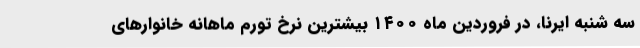
سه شنبه ایرنا، در فروردین ماه ١٤٠٠ بیشترین نرخ تورم ماهانه خانوارهای